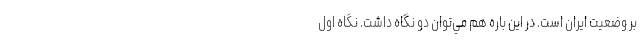
بر وضعيت ايران است. در اين باره هم مي‌توان دو نگاه داشت. نگاه اول